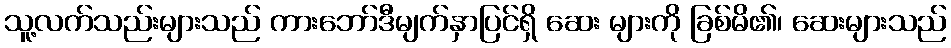
သူ့လက်သည်းများသည် ကားဘော်ဒီမျက်နှာပြင်ရှိ ဆေး များကို ခြစ်မိ၏၊ ဆေးများသည်